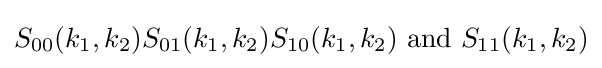
S_{00}(k_{1},k_{2})S_{01}(k_{1},k_{2})S_{10}(k_{1},k_{2}){\text{ and }}S_{11}(k_{1},k_{2})